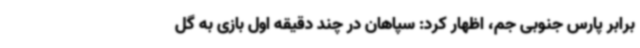
برابر پارس جنوبی جم، اظهار کرد: سپاهان در چند دقیقه اول بازی به گل